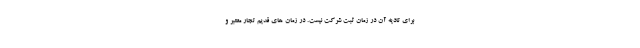
برای تادیه آن در زمان ثبت شرکت نیست. در زمان های قدیم تجار معتبر و